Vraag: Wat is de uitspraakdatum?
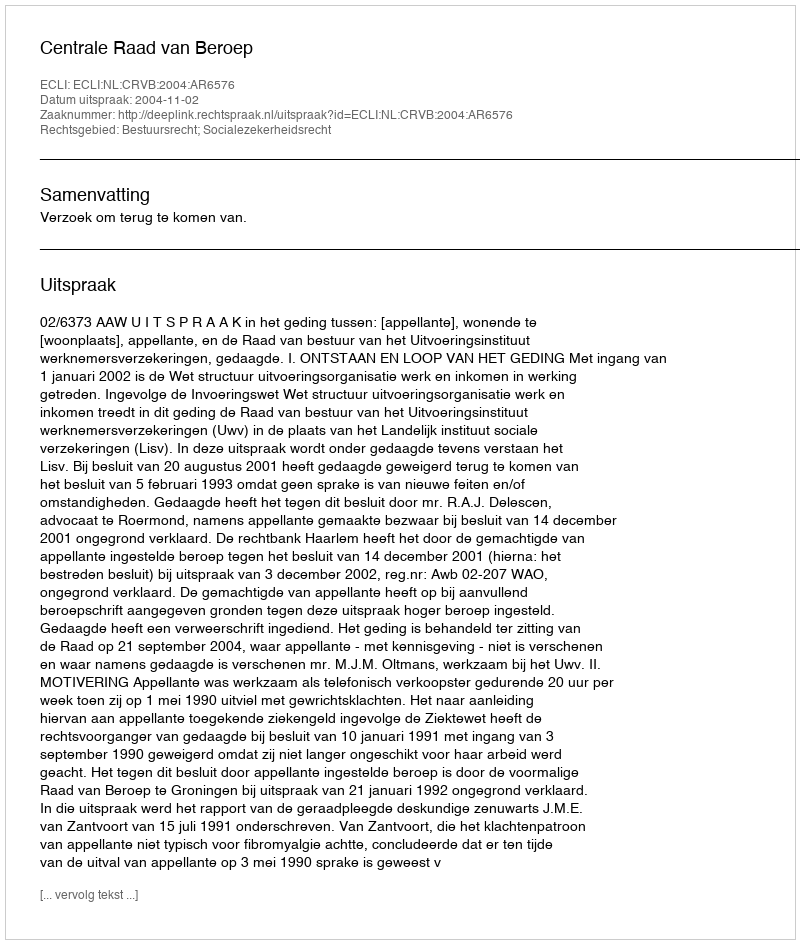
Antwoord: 2004-11-02